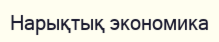
Нарықтық экономика